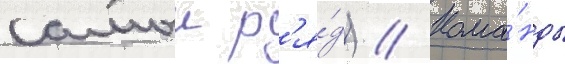
самыи р'я́д) // Кома́нды